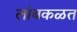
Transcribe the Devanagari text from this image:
लांबकळत